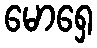
မောရှေ